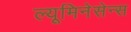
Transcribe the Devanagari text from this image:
ल्यूमिनेसेन्स